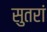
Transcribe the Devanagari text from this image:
सुतरां